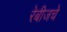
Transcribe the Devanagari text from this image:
रेबीजचे